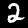
Label: 2